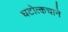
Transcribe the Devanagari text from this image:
घटोत्कचाने